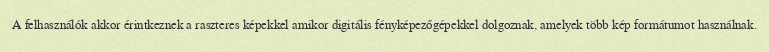
A felhasználók akkor érintkeznek a raszteres képekkel amikor digitális fényképezőgépekkel dolgoznak, amelyek több kép formátumot használnak.